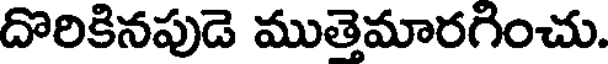
దొరికినపుడె ముత్తెమారగించు.